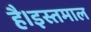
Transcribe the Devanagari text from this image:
है।इस्तमाल